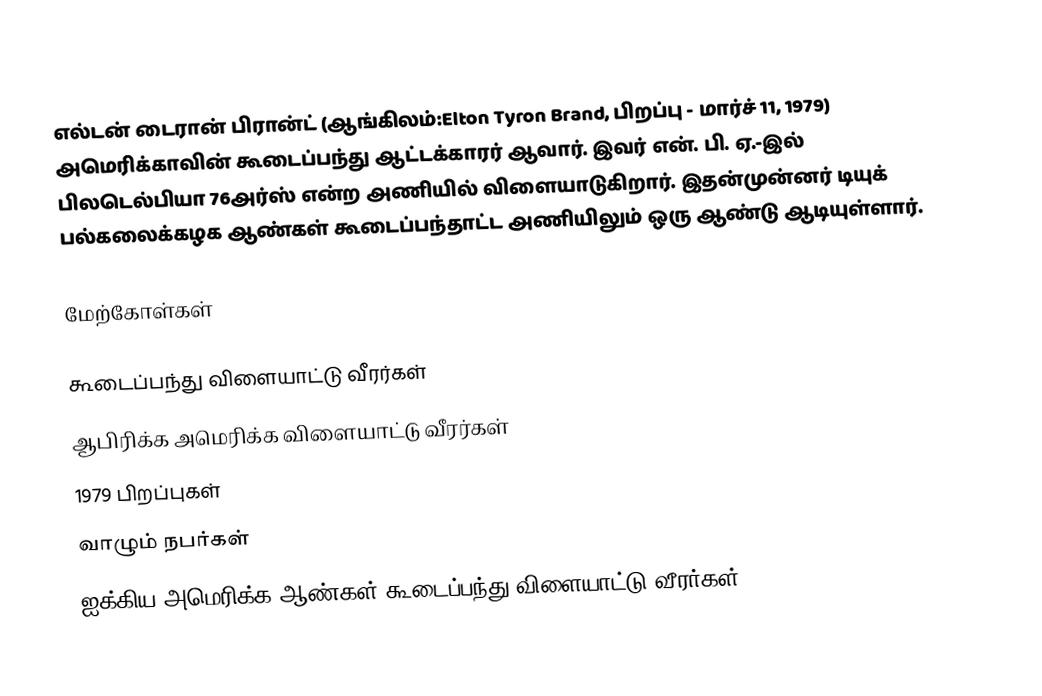
எல்டன் டைரான் பிரான்ட் (ஆங்கிலம்:Elton Tyron Brand, பிறப்பு - மார்ச் 11, 1979) அமெரிக்காவின் கூடைப்பந்து ஆட்டக்காரர் ஆவார்.  இவர் என். பி. ஏ.-இல் பிலடெல்பியா 76அர்ஸ் என்ற அணியில் விளையாடுகிறார். இதன்முன்னர் டியுக் பல்கலைக்கழக ஆண்கள் கூடைப்பந்தாட்ட அணியிலும் ஒரு ஆண்டு ஆடியுள்ளார்.

மேற்கோள்கள்

கூடைப்பந்து விளையாட்டு வீரர்கள்
ஆபிரிக்க அமெரிக்க விளையாட்டு வீரர்கள்
1979 பிறப்புகள்
வாழும் நபர்கள்
ஐக்கிய அமெரிக்க ஆண்கள் கூடைப்பந்து விளையாட்டு வீரர்கள்